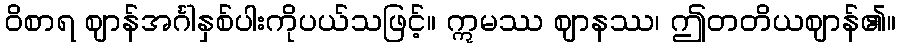
ဝိစာရ ဈာန်အင်္ဂါနှစ်ပါးကိုပယ်သဖြင့်။ ဣမဿ ဈာနဿ၊ ဤတတိယဈာန်၏။